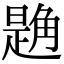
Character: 𧤘